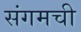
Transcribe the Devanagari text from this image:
संगमची